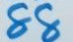
88